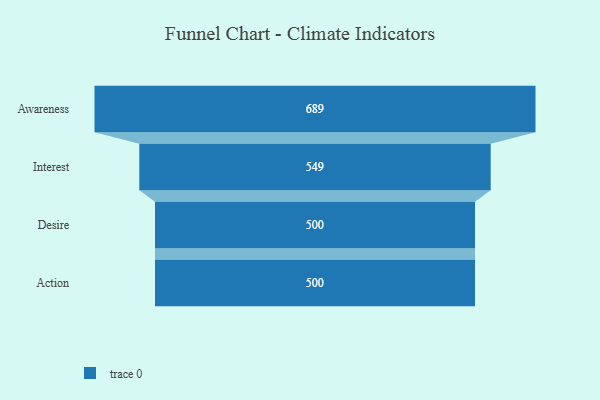
{"axis": {"x": "Stage", "y": "Value"}, "legend": [""], "data": [{"x": "Awareness", "y": 689.0, "type": ""}, {"x": "Interest", "y": 549.0, "type": ""}, {"x": "Desire", "y": 500, "type": ""}, {"x": "Action", "y": 500, "type": ""}]}